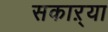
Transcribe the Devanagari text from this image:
सकाऱ्या